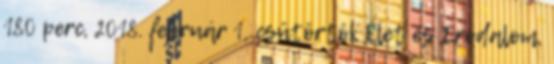
180 perc, 2018. február 1, csütörtök Élet és Irodalom,